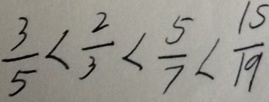
\frac { 3 } { 5 } < \frac { 2 } { 3 } < \frac { 5 } { 7 } < \frac { 1 5 } { 1 9 }